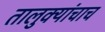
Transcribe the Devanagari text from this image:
तालुक्यांचाच